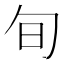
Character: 旬